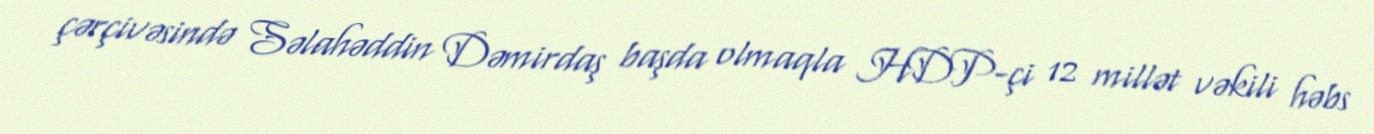
çərçivəsində Səlahəddin Dəmirdaş başda olmaqla HDP-çi 12 millət vəkili həbs